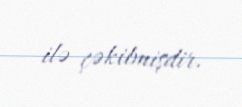
ilə çəkilmişdir.